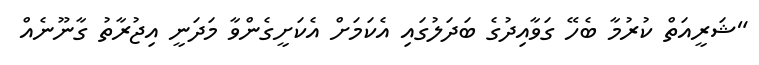
"ޝަރީއަތް ކުރުމާ ބެހޭ ގަވާއިދުގެ ބަދަލުގައި އެކަމަށް އެކަށީގެންވާ މަދަނީ އިޖުރާތު ގާނޫނެއް